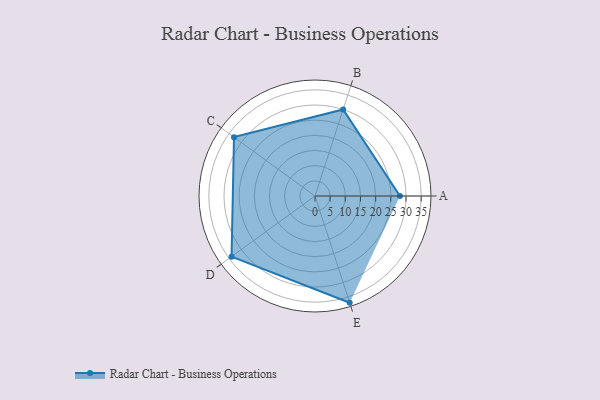
{"axis": {"x": "Skill", "y": "Score"}, "legend": ["Profile"], "data": [{"x": "A", "y": 28.0, "type": "Profile"}, {"x": "B", "y": 30.0, "type": "Profile"}, {"x": "C", "y": 33.0, "type": "Profile"}, {"x": "D", "y": 34.0, "type": "Profile"}, {"x": "E", "y": 37.0, "type": "Profile"}]}